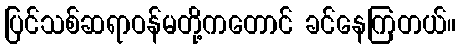
ပြင်သစ်ဆရာဝန်မတို့ကတောင် ခင်နေကြတယ်။